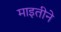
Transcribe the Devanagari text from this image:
माइतीने